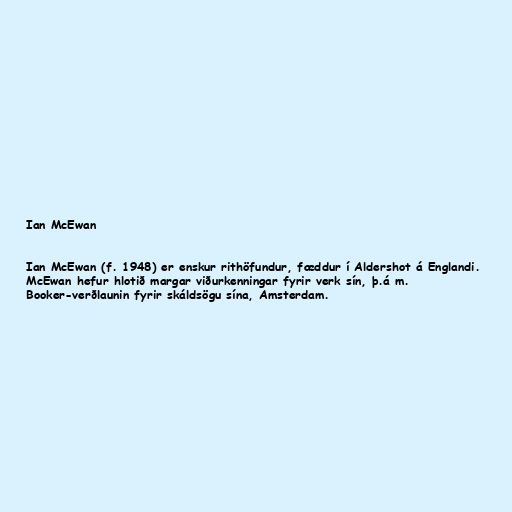
Ian McEwan

Ian McEwan (f. 1948) er enskur rithöfundur, fæddur í Aldershot á Englandi.
McEwan hefur hlotið margar viðurkenningar fyrir verk sín, þ.á m.
Booker-verðlaunin fyrir skáldsögu sína, Amsterdam.